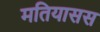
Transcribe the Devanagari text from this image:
मतियासस